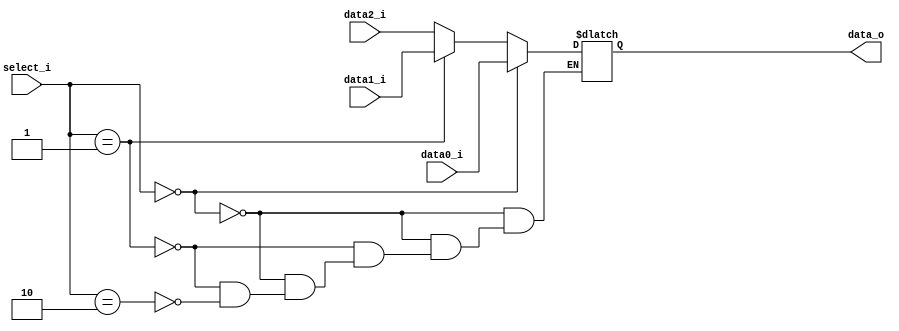
//Subject:     Architecture project 3 - MUX 3to1
//--------------------------------------------------------------------------------
//Version:     1
//--------------------------------------------------------------------------------
//Writer:      Zhang Linghao
//----------------------------------------------
//----------------------------------------------
//Description: 
//--------------------------------------------------------------------------------
     
module MUX_3to1(
               data0_i,
               data1_i,
               data2_i,
               select_i,
               data_o
               );

parameter size = 0;			   
			
//I/O ports               
input   [size-1:0] data0_i;          
input   [size-1:0] data1_i;
input   [size-1:0] data2_i;
input   [2-1:0]    select_i;
output  [size-1:0] data_o; 

//Internal Signals
reg     [size-1:0] data_o;

//Main function
always @(data0_i or data1_i or data2_i or select_i) begin
    if (select_i == 2'b00) begin
        data_o = data0_i;
    end
    else if (select_i == 2'b01) begin
        data_o = data1_i;
    end
    else if (select_i == 2'b10) begin
        data_o = data2_i;
    end
end

endmodule